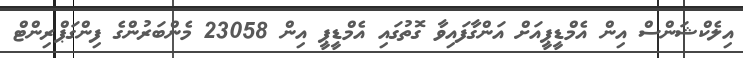
އިލެކްޝަންސް އިން އެމްޑީޕީއަށް އަންގާފައިވާ ގޮތުގައި އެމްޑީޕީ އިން 23058 މެންބަރުންގެ ފިންގަޕްރިންޓް